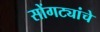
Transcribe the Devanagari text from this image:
सोंगट्यांचे